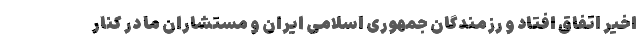
اخیر اتفاق افتاد و رزمندگان جمهوری اسلامی ایران و مستشاران ما در کنار